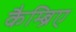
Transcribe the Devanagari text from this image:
कैम्ब्रिए